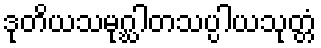
ဒုတိယသမုဂ္ဃါတသပ္ပါယသုတ္တံ